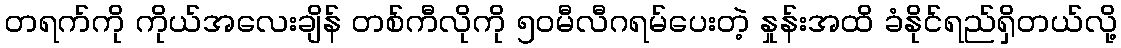
တရက်ကို ကိုယ်အလေးချိန် တစ်ကီလိုကို ၅၀မီလီဂရမ်ပေးတဲ့ နှုန်းအထိ ခံနိုင်ရည်ရှိတယ်လို့